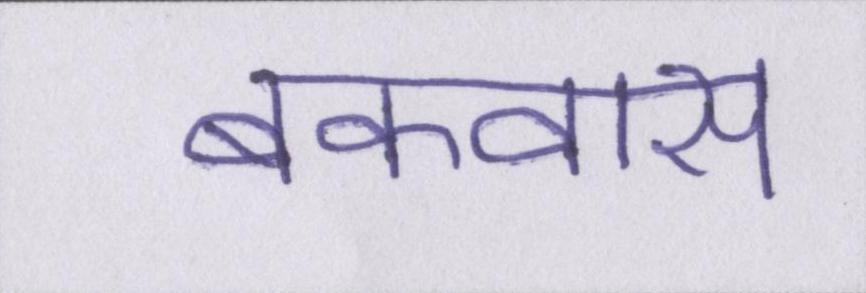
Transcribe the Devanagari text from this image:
बकवास